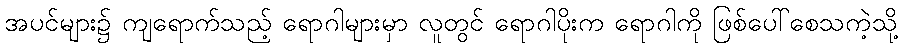
အပင်များ၌ ကျရောက်သည့် ရောဂါများမှာ လူတွင် ရောဂါပိုးက ရောဂါကို ဖြစ်ပေါ်စေသကဲ့သို့